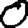
Digit: 0